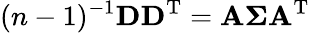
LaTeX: (n-1)^{-1}\mathbf{D}\mathbf{D}^{\mathrm{T}}=\mathbf{A}\boldsymbol{\Sigma}\mathbf{A}^{\mathrm{T}}